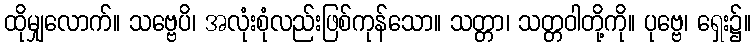
ထိုမျှလောက်။ သဗ္ဗေပိ၊ အလုံးစုံလည်းဖြစ်ကုန်သော။ သတ္တာ၊ သတ္တဝါတို့ကို။ ပုဗ္ဗေ၊ ရှေး၌။